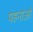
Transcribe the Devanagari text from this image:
पहनाओ